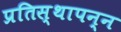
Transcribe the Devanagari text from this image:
प्रतिस्थापन्न